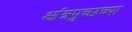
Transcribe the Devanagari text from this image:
आंत्रपुच्छच्या